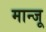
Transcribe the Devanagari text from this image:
मान्जू